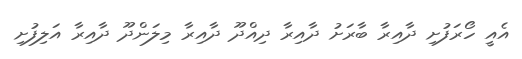
އެއީ ހޯރަފުށި ދާއިރާ ބާރަށު ދާއިރާ ދިއްދޫ ދާއިރާ މިލަންދޫ ދާއިރާ އަލިފުށި